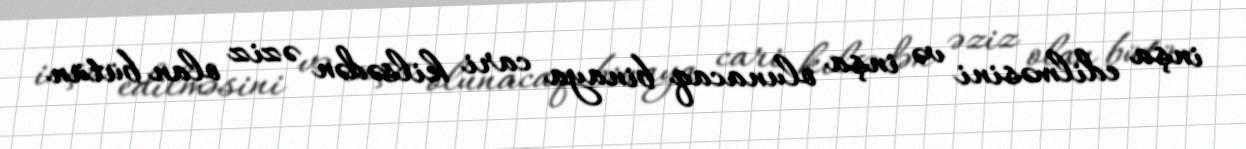
inşa edilməsini və inşa olunacaq binaya cari kilsədən əziz olan bütün